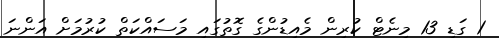
1 ގަޑި 13 މިނެޓް ކުރިން މެއިޑުންގެ ގޮތުގައި މަސައްކަތް ކުރުމަށް އަންނަ